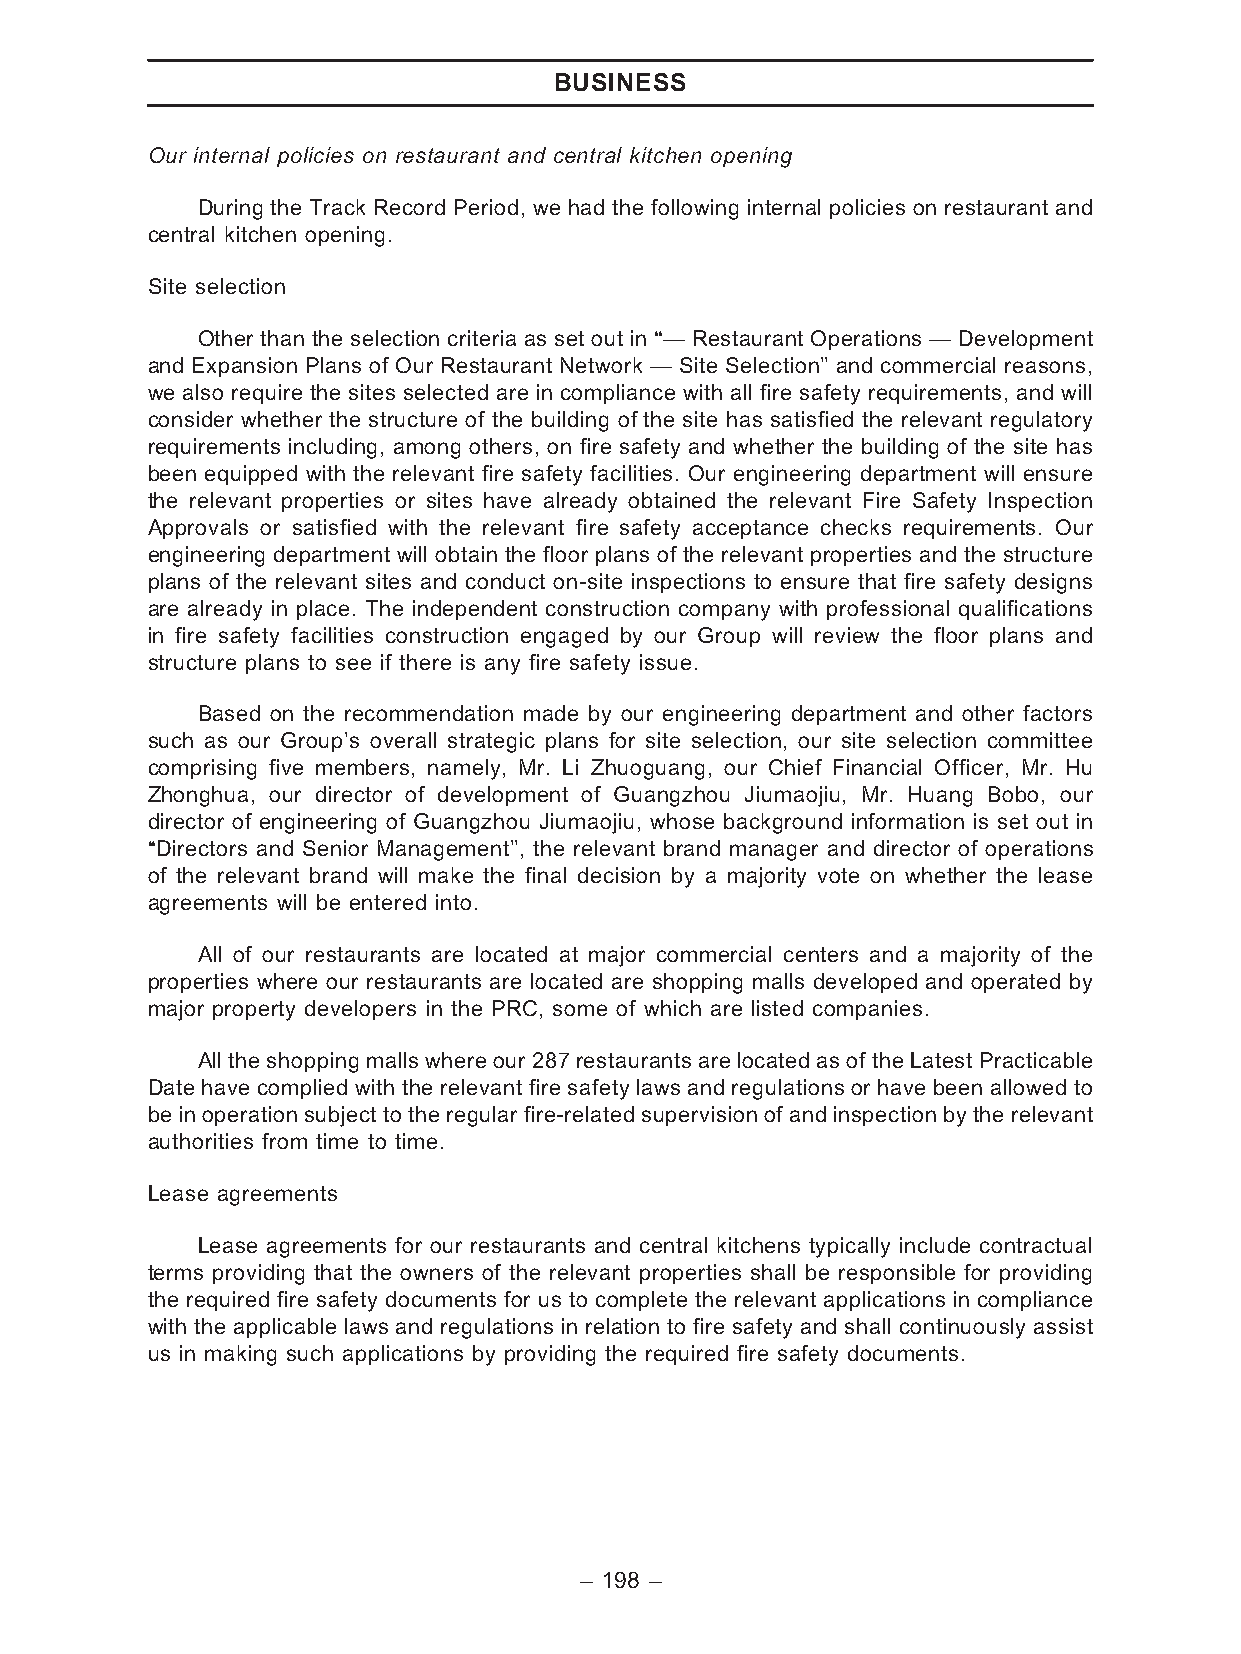
BUSINESS
 Our internal policies on restaurant and central kitchen opening
 During the Track Record Period, we had the following internal policies on restaurant and
 central kitchen opening.
 Site selection
 Other than the selection criteria as set out in ‘‘— Restaurant Operations — Development
 and Expansion Plans of Our Restaurant Network — Site Selection’’ and commercial reasons,
 we also require the sites selected are in compliance with all fire safety requirements, and will
 consider whether the structure of the building of the site has satisfied the relevant regulatory
 requirements including, among others, on fire safety and whether the building of the site has
 been equipped with the relevant fire safety facilities. Our engineering department will ensure
 the relevant properties or sites have already obtained the relevant Fire Safety Inspection
 Approvals or satisfied with the relevant fire safety acceptance checks requirements. Our
 engineering department will obtain the floor plans of the relevant properties and the structure
 plans of the relevant sites and conduct on-site inspections to ensure that fire safety designs
 are already in place. The independent construction company with professional qualifications
 in fire safety facilities construction engaged by our Group will review the floor plans and
 structure plans to see if there is any fire safety issue.
 Based on the recommendation made by our engineering department and other factors
 such as our Group’s overall strategic plans for site selection, our site selection committee
 comprising five members, namely, Mr. Li Zhuoguang, our Chief Financial Officer, Mr. Hu
 Zhonghua, our director of development of Guangzhou Jiumaojiu, Mr. Huang Bobo, our
 director of engineering of Guangzhou Jiumaojiu, whose background information is set out in
 ‘‘Directors and Senior Management’’, the relevant brand manager and director of operations
 of the relevant brand will make the final decision by a majority vote on whether the lease
 agreements will be entered into.
 All of our restaurants are located at major commercial centers and a majority of the
 properties where our restaurants are located are shopping malls developed and operated by
 major property developers in the PRC, some of which are listed companies.
 All the shopping malls where our 287 restaurants are located as of the Latest Practicable
 Date have complied with the relevant fire safety laws and regulations or have been allowed to
 be in operation subject to the regular fire-related supervision of and inspection by the relevant
 authorities from time to time.
 Lease agreements
 Lease agreements for our restaurants and central kitchens typically include contractual
 terms providing that the owners of the relevant properties shall be responsible for providing
 the required fire safety documents for us to complete the relevant applications in compliance
 with the applicable laws and regulations in relation to fire safety and shall continuously assist
 us in making such applications by providing the required fire safety documents.
 – 198 –